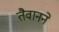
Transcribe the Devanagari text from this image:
तैवानने